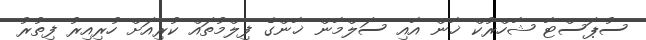
ސުޕަސްޓާ ޝާހްރުކް ޚާން އާއި ސަލްމާން ޚާންގެ ފިލްމުތައް ކުރިއަށް ހުރިއިރު ފިތުރު